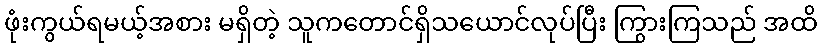
ဖုံးကွယ်ရမယ့်အစား မရှိတဲ့ သူကတောင်ရှိသယောင်လုပ်ပြီး ကြွားကြသည် အထိ